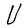
Character: U